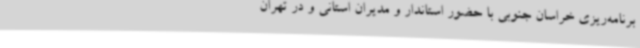
برنامه‌ریزی خراسان جنوبی با حضور استاندار و مدیران استانی و در تهران